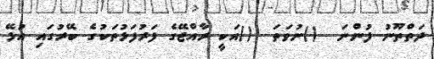
ދަތްތޫނު ފުންނަ  ()ނުވަތަ  ()އަކީ ރާއްޖޭގެ ފަރުފަޅުތަކުގެ ބޭރުގައި އުޅޭ